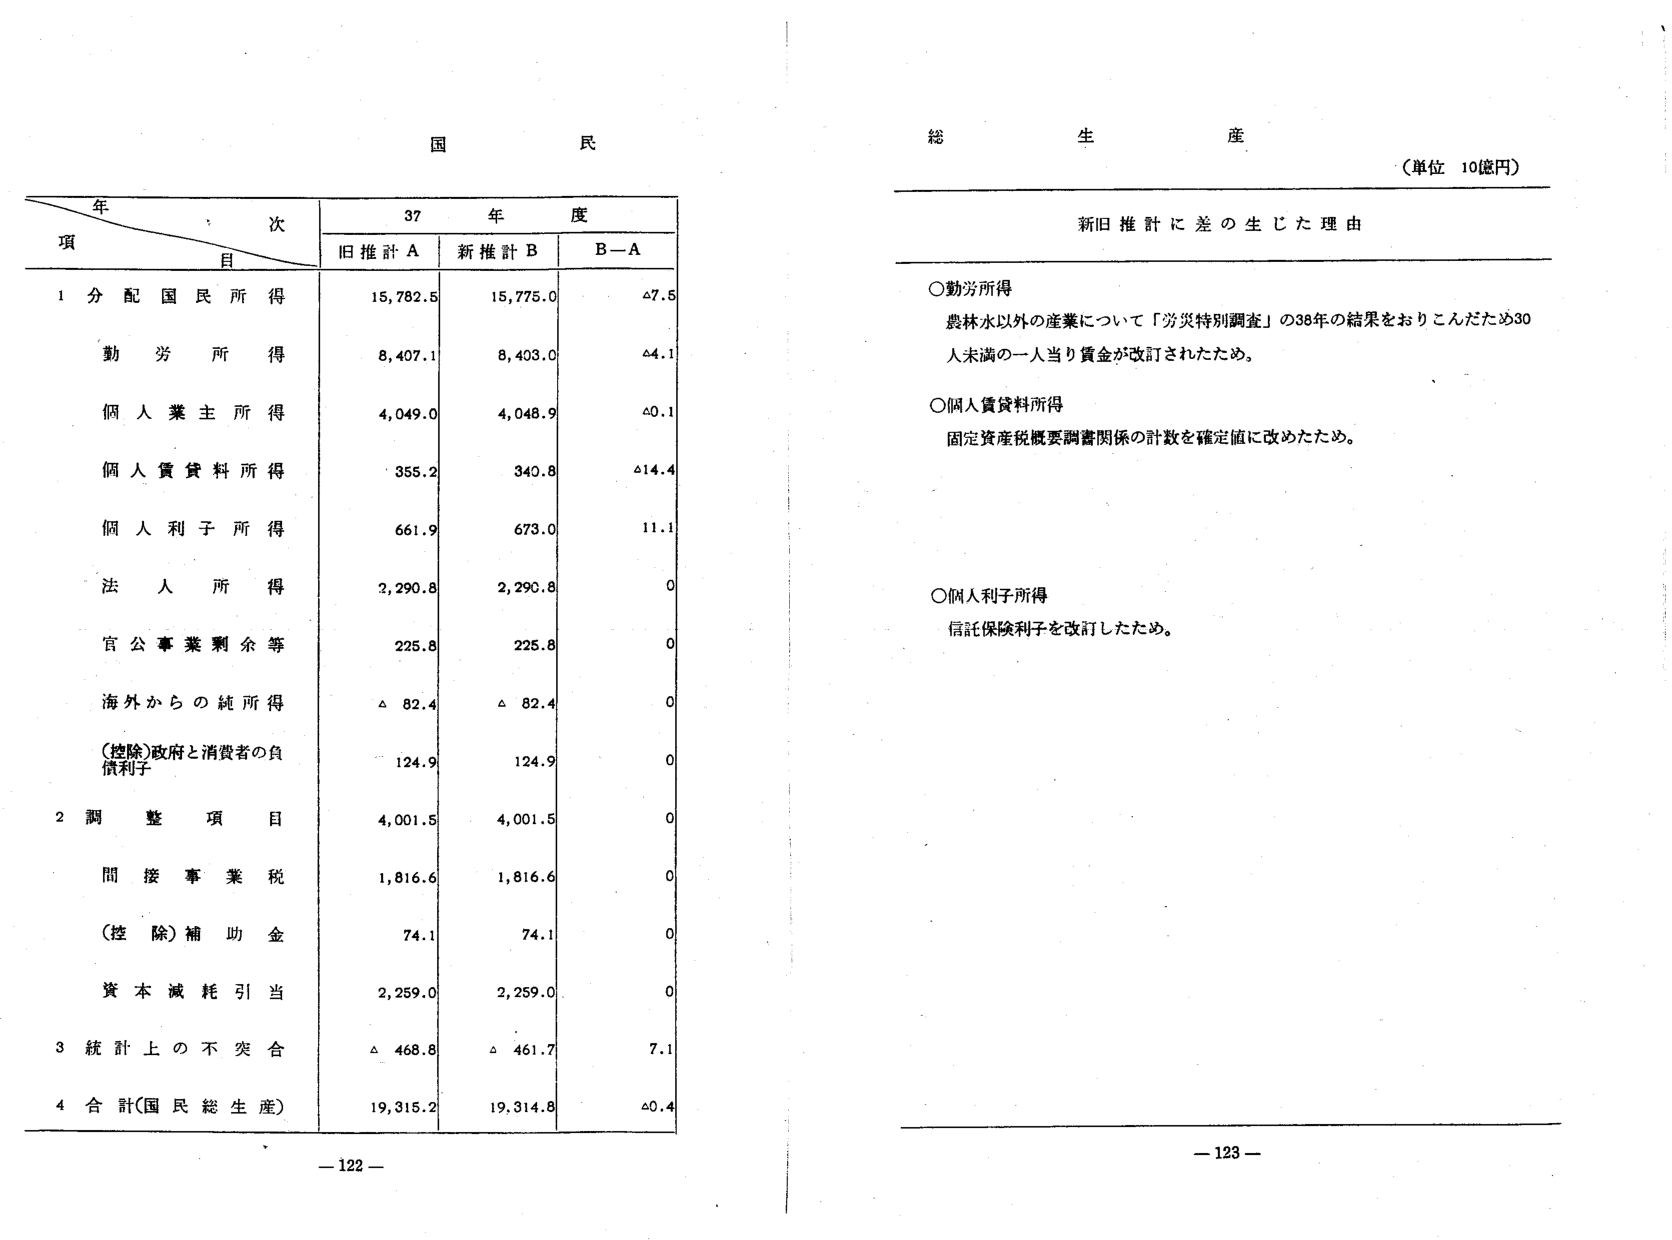
国民
総生産
（単位 10億円）

年次
37年度
項目
旧推計A 新推計B B－A

1 分配国民所得
15,782.5 15,775.0 △7.5
勤労所得
8,407.1 8,403.0 △4.1
個人業主所得
4,049.0 4,048.9 △0.1
個人賃貸料所得
355.2 340.8 △14.4
個人利子所得
661.9 673.0 11.1
法人所得
2,290.8 2,290.8 0
官公事業剰余等
225.8 225.8 0
海外からの純所得
△ 82.4 △ 82.4 0
（控除）政府と消費者の負債利子
124.9 124.9 0

2 調整項目
4,001.5 4,001.5 0
間接事業税
1,816.6 1,816.6 0
（控除）補助金
74.1 74.1 0
資本減耗引当
2,259.0 2,259.0 0

3 統計上の不突合
△ 468.8 △ 461.7 7.1

4 合計（国民総生産）
19,315.2 19,314.8 △0.4

新旧推計に差の生じた理由

○勤労所得
農林水以外の産業について「労災特別調査」の38年の結果をおりこんだため30人未満の一人当り賃金が改訂されたため。

○個人賃貸料所得
固定資産税概要調査関係の計数を確定値に改めたため。

○個人利子所得
信託保険利子を改訂したため。

－122－
－123－